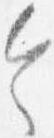
令